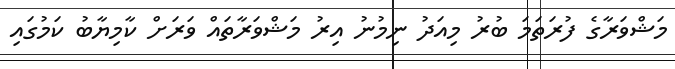
މަޝްވަރާގެ ފުރަތަމަ ބުރު މިއަދު ނިމުނު އިރު މަޝްވަރާތައް ވަރަށް ކާމިޔާބު ކަމުގައި